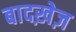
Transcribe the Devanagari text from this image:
बादख़ेज़